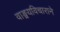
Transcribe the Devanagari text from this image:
वाङ्मयविचाराने